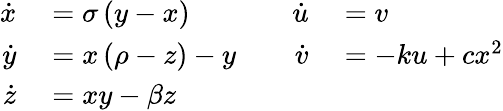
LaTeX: \begin{array}{rlrl}{\dot{x}}&{{}=\sigma\left(y-x\right)\quad{}}&{\dot{u}}&{{}=v}\\ {\dot{y}}&{{}=x\left(\rho-z\right)-y\quad{}}&{\dot{v}}&{{}=-ku+cx^{2}}\\ {\dot{z}}&{{}=xy-\beta z{}}&{}&{{}}\end{array}